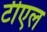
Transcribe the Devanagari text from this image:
टीएल